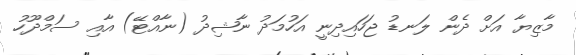
މާޒިޔާ އަށް ދެން ލަނޑު ޖަހައިދިނީ އަހުމަދު ނާޝިދު (ނާއްޓޭ) އާއި ސަމްދޫހު